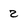
Character: 2